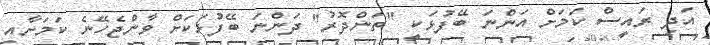
އަދި ރައީސް ކަމަށް އަންނަ ބޭފުޅަކީ "ތަންދޮރު" ދަންނަ ބޭފުޅަކަށް ވާންޖެހޭނެ ކަމަށާއި